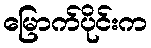
မြောက်ပိုင်းက